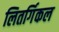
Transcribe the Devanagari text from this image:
लितर्गिकल